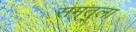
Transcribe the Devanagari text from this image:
समतुला